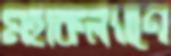
মহাকল্যাণে